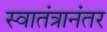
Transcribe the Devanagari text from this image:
स्वातंत्रानंतर